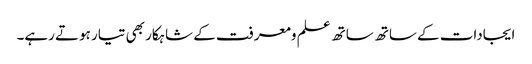
ایجادات کے ساتھ ساتھ علم ومعرفت کے شاہکار بھی تیار ہوتے رہے۔